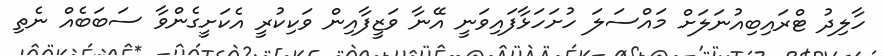
ހާލިދު ޓްރައިބިއުނަލަށް މައްސަލަ ހުށަހަޅާފައިވަނީ އޭނާ ވަޒީފާއިން ވަކިކުރީ އެކަށީގެންވާ ސަބަބެއް ނެތި